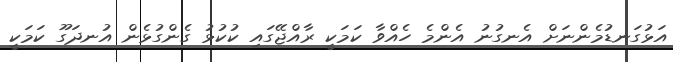
އަޅުގަނޑުމެންނަށް އެނގުނު އެންމެ ހެއްވާ ކަމަކީ ރާއްޖޭގައި ކުކުޅު ގެންގުޅެން އުނދަގޫ ކަމަކީ